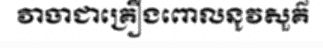
វាចាជាគ្រឿងពោលនូវសួគ៌